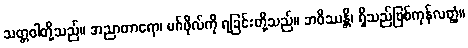
သတ္တဝါတို့သည်။ အညာတာရော၊ မဂ်ဖိုလ်ကို ရခြင်းတို့သည်။ ဘဝိဿန္တိ၊ ရှိသည်ဖြစ်ကုန်လတ္တံ့။